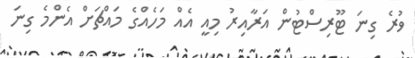
ވުރެ ގިނަ ޓޫރިސްޓުން އަރާއިރު މިއީ އެއް މަހެއްގެ މައްޗަށް އެންމެ ގިނަ